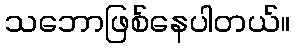
သဘောဖြစ်နေပါတယ်။